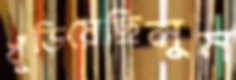
খুঁড়িয়েছিলুম